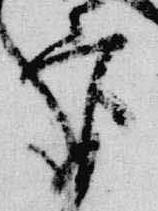
官